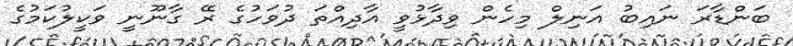
ބަންޑާރަ ނައިބު އަނިލް މިހެން ވިދާޅުވީ އާދިއްތަ ދުވަހުގެ ރޭ ގާނޫނީ ވަކީލުކަމުގެ